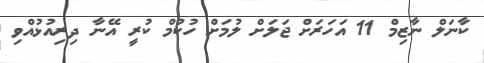
ކާނަލް ނާޒިމް 11 އަހަރަށް ޖަލަށް ލުމަށް ހުކުމް ކުރީ އޭނާ ދިރިއުޅުއްވި